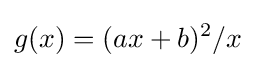
g(x)=(ax+b)^{2}/x